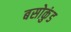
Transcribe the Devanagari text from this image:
बसोकुंड